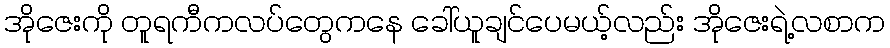
အိုဇေးကို တူရကီကလပ်တွေကနေ ခေါ်ယူချင်ပေမယ့်လည်း အိုဇေးရဲ့လစာက